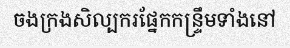
ចងក្រងសិល្បករផ្នែកកន្ទ្រឹមទាំងនៅ